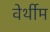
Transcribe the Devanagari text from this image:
वेर्थीम